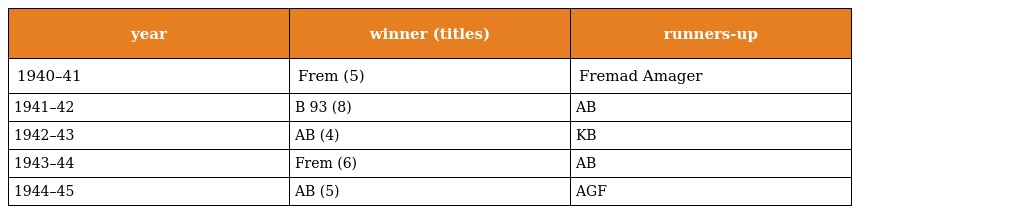
| year | winner (titles) | runners-up |
 | --- | --- | --- |
 | 1940–41 | Frem (5) | Fremad Amager |
 | 1941–42 | B 93 (8) | AB |
 | 1942–43 | AB (4) | KB |
 | 1943–44 | Frem (6) | AB |
 | 1944–45 | AB (5) | AGF |